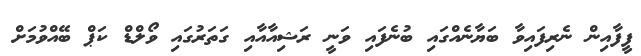
ފީފާއިން ނެރިފައިވާ ބަޔާނެއްގައި ބުނެފައި ވަނީ ރަޝިއާއާއި ގަތަރުގައި ވޯލްޑް ކަޕް ބޭއްވުމަށް